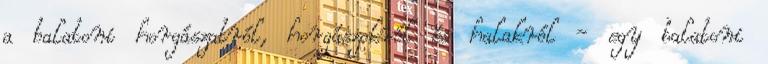
a balatoni horgászatról, horgászokról és halakról - egy balatoni